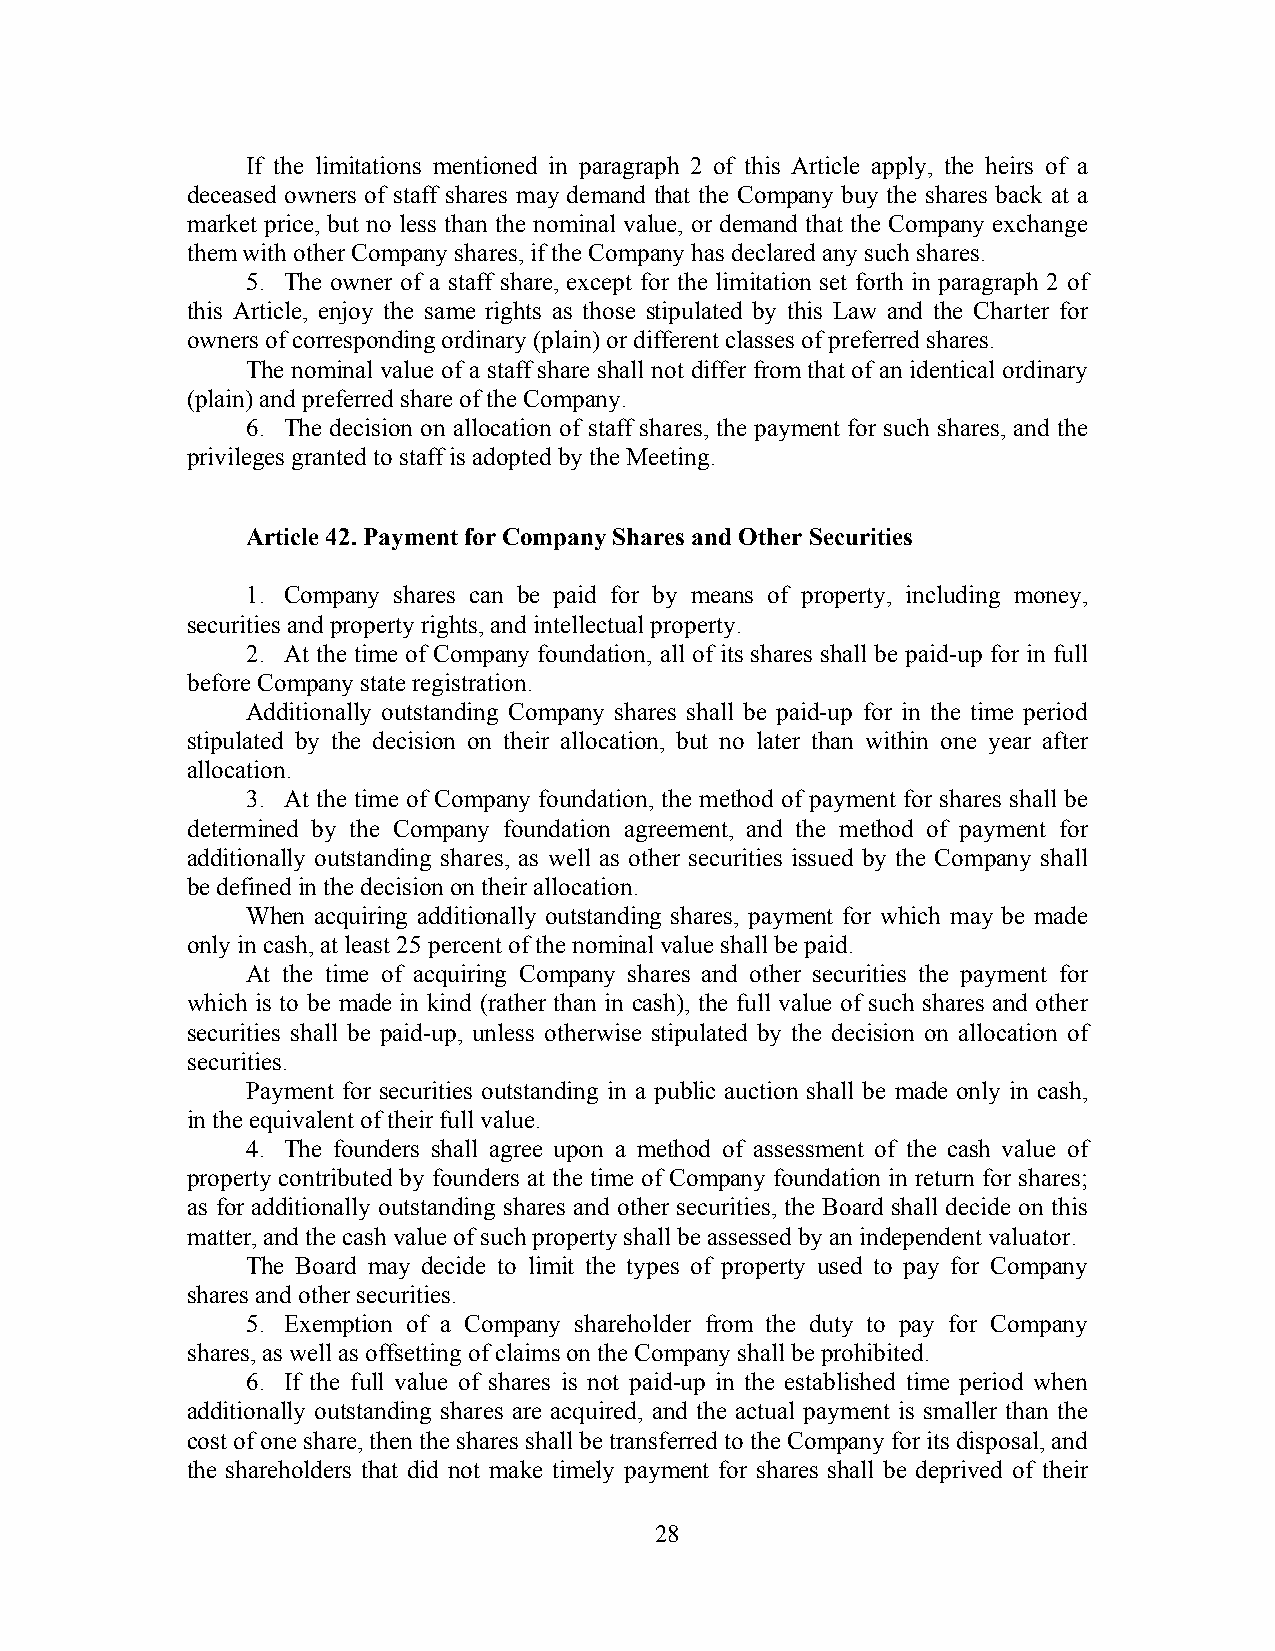
If the limitations mentioned in paragraph 2 of this Article apply, the heirs of a
 deceased owners of staff shares may demand that the Company buy the shares back at a
 market price, but no less than the nominal value, or demand that the Company exchange
 them with other Company shares, if the Company has declared any such shares.
 5. The owner of a staff share, except for the limitation set forth in paragraph 2 of
 this Article, enjoy the same rights as those stipulated by this Law and the Charter for
 owners of corresponding ordinary (plain) or different classes of preferred shares.
 The nominal value of a staff share shall not differ from that of an identical ordinary
 (plain) and preferred share of the Company.
 6. The decision on allocation of staff shares, the payment for such shares, and the
 privileges granted to staff is adopted by the Meeting.
 Article 42. Payment for Company Shares and Other Securities
 1. Company shares can be paid for by means of property, including money,
 securities and property rights, and intellectual property.
 2. At the time of Company foundation, all of its shares shall be paid-up for in full
 before Company state registration.
 Additionally outstanding Company shares shall be paid-up for in the time period
 stipulated by the decision on their allocation, but no later than within one year after
 allocation.
 3. At the time of Company foundation, the method of payment for shares shall be
 determined by the Company foundation agreement, and the method of payment for
 additionally outstanding shares, as well as other securities issued by the Company shall
 be defined in the decision on their allocation.
 When acquiring additionally outstanding shares, payment for which may be made
 only in cash, at least 25 percent of the nominal value shall be paid.
 At the time of acquiring Company shares and other securities the payment for
 which is to be made in kind (rather than in cash), the full value of such shares and other
 securities shall be paid-up, unless otherwise stipulated by the decision on allocation of
 securities.
 Payment for securities outstanding in a public auction shall be made only in cash,
 in the equivalent of their full value.
 4. The founders shall agree upon a method of assessment of the cash value of
 property contributed by founders at the time of Company foundation in return for shares;
 as for additionally outstanding shares and other securities, the Board shall decide on this
 matter, and the cash value of such property shall be assessed by an independent valuator.
 The Board may decide to limit the types of property used to pay for Company
 shares and other securities.
 5. Exemption of a Company shareholder from the duty to pay for Company
 shares, as well as offsetting of claims on the Company shall be prohibited.
 6. If the full value of shares is not paid-up in the established time period when
 additionally outstanding shares are acquired, and the actual payment is smaller than the
 cost of one share, then the shares shall be transferred to the Company for its disposal, and
 the shareholders that did not make timely payment for shares shall be deprived of their
 28